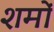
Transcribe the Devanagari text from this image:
शमों